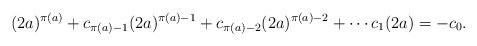
\begin{align*}(2a)^{\pi(a)} + c_{\pi(a) - 1}(2a)^{\pi(a) - 1} + c_{\pi(a) - 2}(2a)^{\pi(a) - 2} + \cdots c_1(2a) = -c_0.\end{align*}